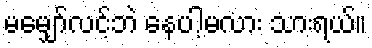
မမျှော်လင့်ဘဲ နေပါ့မလား သားရယ်။